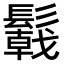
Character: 𩯋